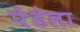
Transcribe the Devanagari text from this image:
पेंडेला